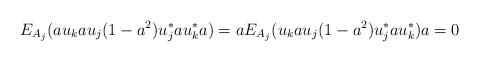
LaTeX: \begin{align*}E_{A_{j}}(au_{k}au_{j}(1-a^{2})u_{j}^*au_{k}^*a)=aE_{A_{j}}(u_{k}au_{j}(1-a^{2})u_{j}^*au_{k}^*)a = 0\end{align*}